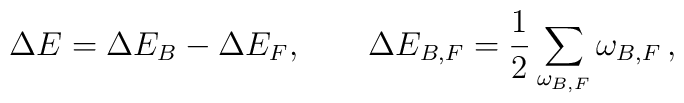
\Delta E=\Delta E_B - \Delta E_F,\qquad \Delta E_{B,F} = \frac 12\sum_{\omega_{B,F}} \omega_{B,F} \,,